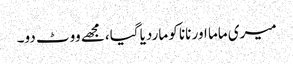
میری ماما اور نانا کو ماردیا گیا،مجھے ووٹ دو۔